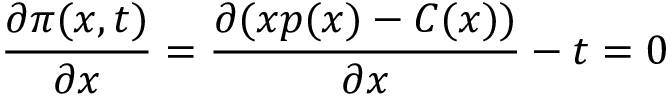
{ \frac { \partial \pi ( x , t ) } { \partial x } } = { \frac { \partial ( x p ( x ) - C ( x ) ) } { \partial x } } - t = 0